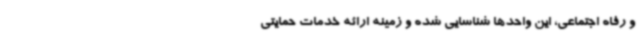
و رفاه اجتماعی، این واحدها شناسایی شده و زمینه ارائه خدمات حمایتی